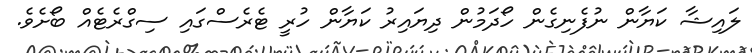
ލައިޝާ ކަޔާން ނުފެނިގެން ހޯދަމުން ދިޔައިރު ކަޔާން ހުރީ ޓެރެސްގައި ސިގްރެޓެއް ބޯށެވެ.